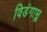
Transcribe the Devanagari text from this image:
विडंगाम्ल